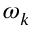
\omega _ { k }